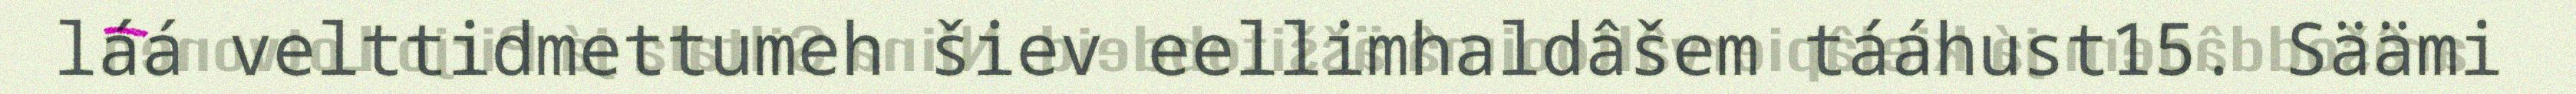
láá velttidmettumeh šiev eellimhaldâšem tááhust15. Säämi